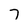
Character: 7